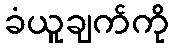
ခံယူချက်ကို